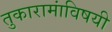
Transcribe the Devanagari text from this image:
तुकारामांविषयी